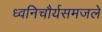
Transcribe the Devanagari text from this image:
ध्वनिचौर्यसमजले